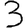
Digit: 3